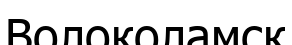
Волоколамск